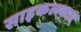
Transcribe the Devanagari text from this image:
साइकलकार